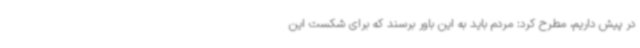
در پیش داریم، مطرح کرد: مردم باید به این باور برسند که برای شکست این